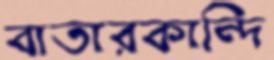
বাতারকান্দি